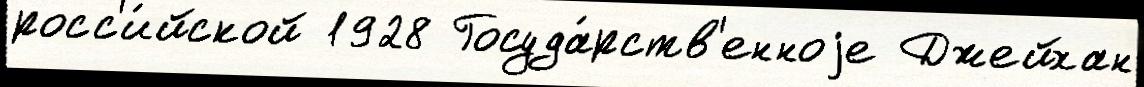
росс'и́йской 1928 Госуда́рств'енноjе Джейхан